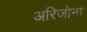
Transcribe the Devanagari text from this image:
अरिजोना